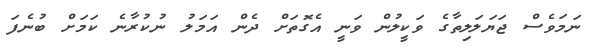
ނަމަވެސް ޖަޔަލަލިތާގެ ވަކީލުން ވަނީ އެގޮތަށް ދެން އަމަލު ނުކުރާނެ ކަމަށް ބުނެފަ